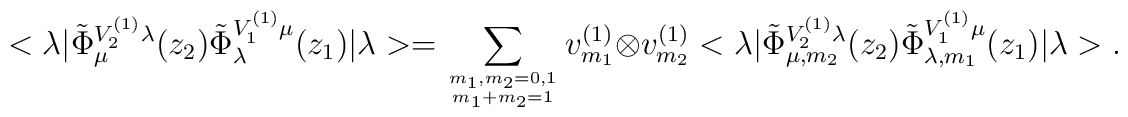
<\lambda|\tilde \Phi^{V^{(1)}_2 \lambda}_{\mu}(z_2)\tilde \Phi^{V^{(1)}_1 \mu}_{\lambda}(z_1)|\lambda>=\sum_{m_1,m_2=0,1 \atop m_1+m_2=1}v^{(1)}_{m_1}\otimes v^{(1)}_{m_2}<\lambda|\tilde\Phi^{V^{(1)}_2\lambda}_{\mu,m_2}(z_2)\tilde \Phi^{V^{(1)}_1 \mu}_{\lambda,m_1}(z_1)|\lambda> .